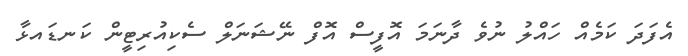
އެފަދަ ކަމެއް ހައްލު ނުވެ ދާނަމަ އޮފީސް އޮފް ނޭޝަނަލް ސެކިއުރިޓީން ކަނޑައޅާ